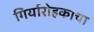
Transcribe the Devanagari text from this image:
गिर्यारोहकाचा